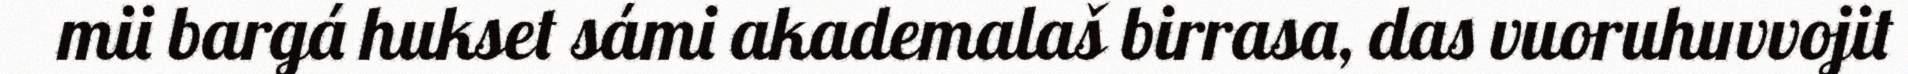
mii bargá hukset sámi akademalaš birrasa, das vuoruhuvvojit